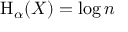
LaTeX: \mathrm { H } _ { \alpha } ( X ) = \log n